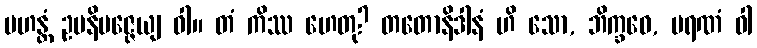
မဟန္တံ ဥပနိပဇ္ဇေယျ ဝါ။ တံ ကိဿ ဟေတု? တတောနိဒါနံ ဟိ သော, ဘိက္ခဝေ, မရဏံ ဝါ